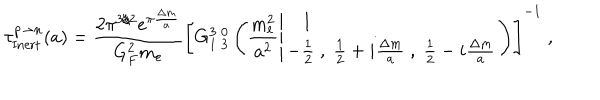
LaTeX: { \tau } _ { \mathrm { I n e r t } } ^ { p \to n } ( a ) = \frac { 2 \pi ^ { 3 / 2 } e ^ { \pi \frac { { \Delta m } } { a } } } { G _ { F } ^ { 2 } m _ { e } } \left[ G _ { 1 \; 3 } ^ { 3 \; 0 } \left( \frac { m _ { e } ^ { 2 } } { a ^ { 2 } } \left| \begin{array} { l } { { 1 } } \\ { { - \frac { 1 } { 2 } \; , \; \frac { 1 } { 2 } + i \frac { \Delta m } { a } \; , \; \frac { 1 } { 2 } - i \frac { \Delta m } { a } } } \\ \end{array} \right. \right) \right] ^ { - 1 } \; ,